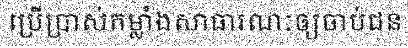
ប្រើប្រាស់កម្លាំងសាធារណៈឲ្យចាប់ជន